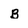
Character: B